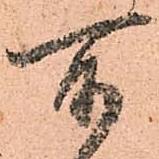
所